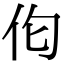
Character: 𪜪